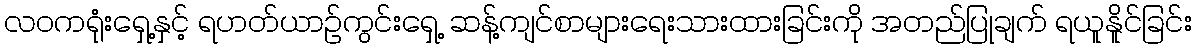
လဝကရုံးရှေ့နှင့် ရဟတ်ယာဉ်ကွင်းရှေ့ ဆန့်ကျင်စာများရေးသားထားခြင်းကို အတည်ပြုချက် ရယူနိူင်ခြင်း